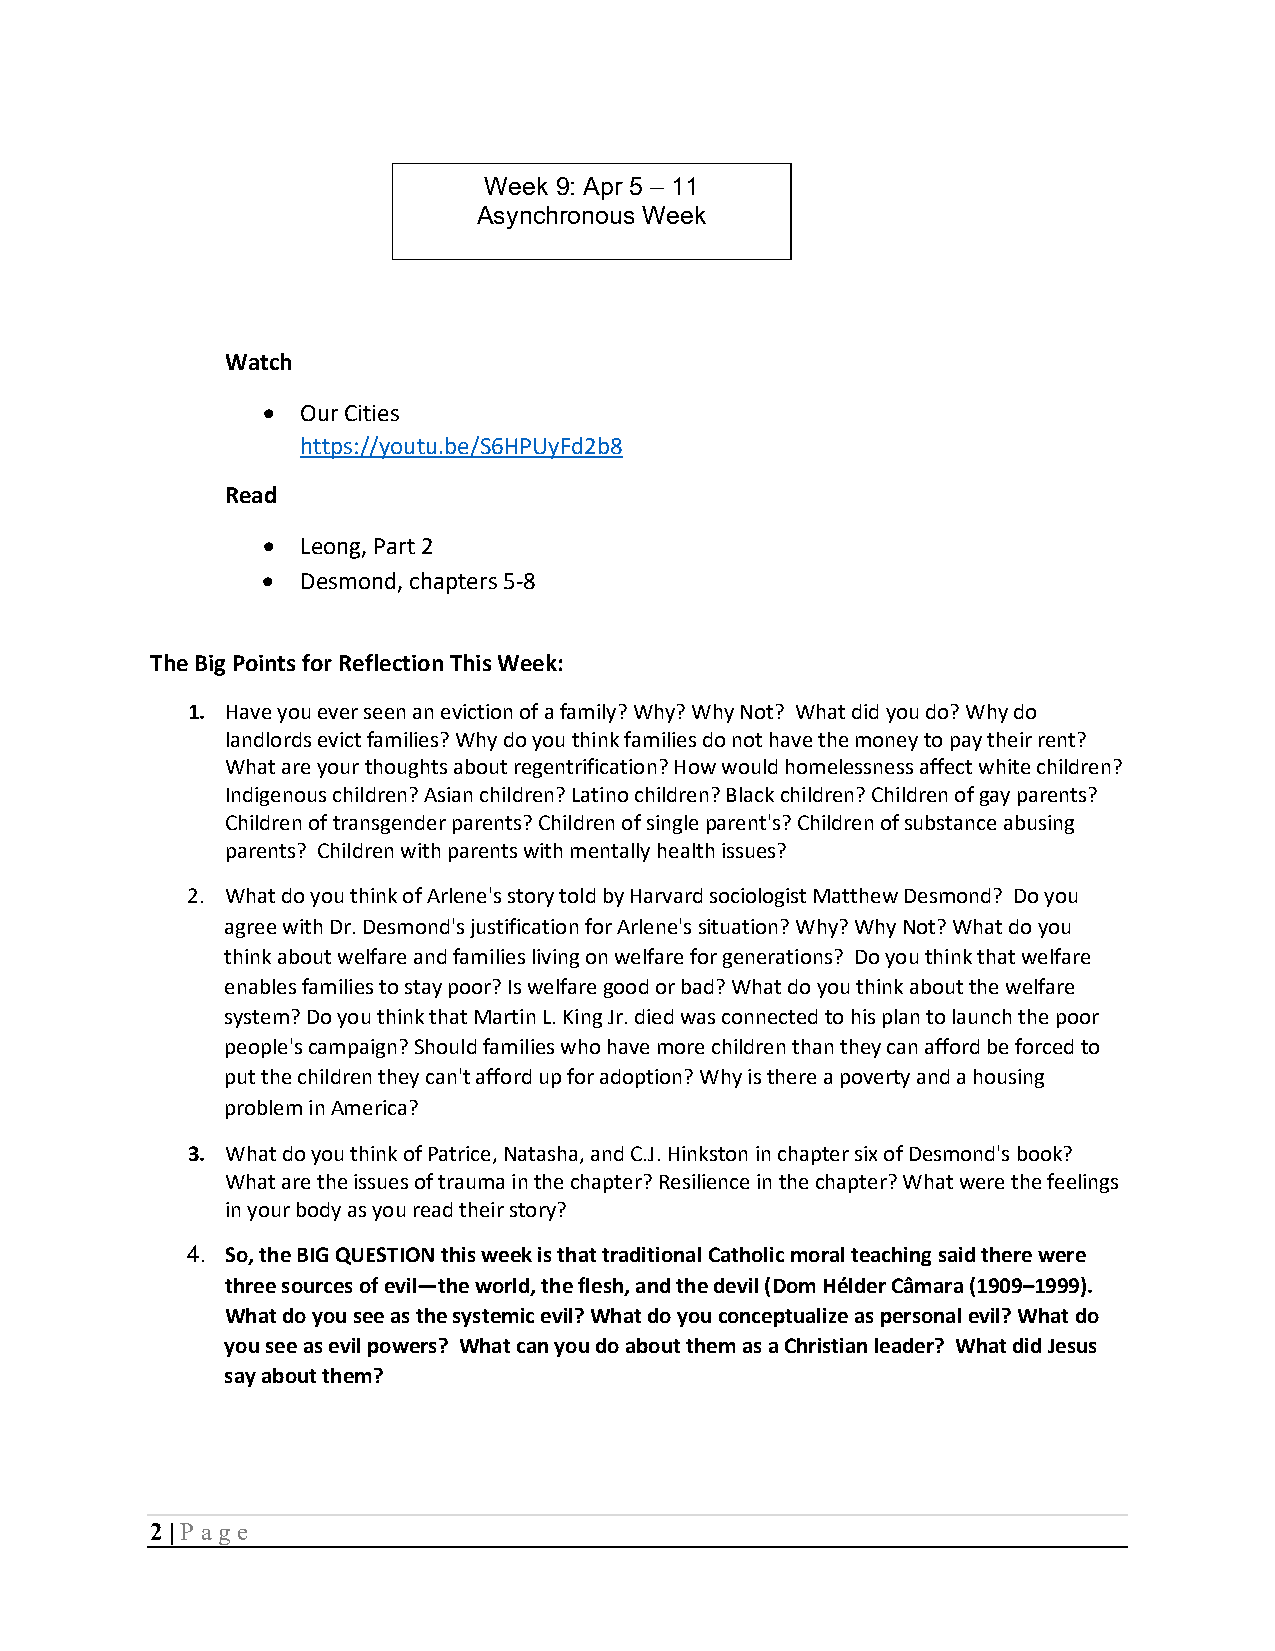
Week 9: Apr 5 – 11
 Asynchronous Week
 Watch
 •  Our Cities
 https://youtu.be/S6HPUyFd2b8
 Read
 •  Leong, Part 2
 •  Desmond, chapters 5-8
 The Big Points for Reflection This Week:
 1. Have you ever seen an eviction of a family? Why? Why Not? What did you do? Why do
 landlords evict families? Why do you think families do not have the money to pay their rent?
 What are your thoughts about regentrification? How would homelessness affect white children?
 Indigenous children? Asian children? Latino children? Black children? Children of gay parents?
 Children of transgender parents? Children of single parent's? Children of substance abusing
 parents? Children with parents with mentally health issues?
 2. What do you think of Arlene's story told by Harvard sociologist Matthew Desmond? Do you
 agree with Dr. Desmond's justification for Arlene's situation? Why? Why Not? What do you
 think about welfare and families living on welfare for generations? Do you think that welfare
 enables families to stay poor? Is welfare good or bad? What do you think about the welfare
 system? Do you think that Martin L. King Jr. died was connected to his plan to launch the poor
 people's campaign? Should families who have more children than they can afford be forced to
 put the children they can't afford up for adoption? Why is there a poverty and a housing
 problem in America?
 3. What do you think of Patrice, Natasha, and C.J. Hinkston in chapter six of Desmond's book?
 What are the issues of trauma in the chapter? Resilience in the chapter? What were the feelings
 in your body as you read their story?
 4. So, the BIG QUESTION this week is that traditional Catholic moral teaching said there were
 three sources of evil—the world, the flesh, and the devil (Dom Hélder Câmara (1909–1999).
 What do you see as the systemic evil? What do you conceptualize as personal evil? What do
 you see as evil powers? What can you do about them as a Christian leader? What did Jesus
 say about them?
 2 | P age